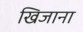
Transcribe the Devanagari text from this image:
खिजाना